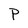
Character: P